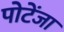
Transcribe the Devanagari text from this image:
पोटेंजा